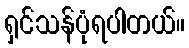
ရှင်သန်ပုံရပါတယ်။